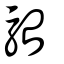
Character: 駘